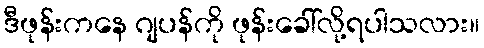
ဒီဖုန်းကနေ ဂျပန်ကို ဖုန်းခေါ်လို့ရပါသလား။